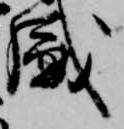
盛